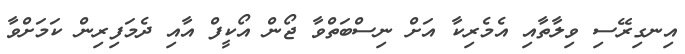
އިނގިރޭސި ވިލާތާއި އެމެރިކާ އަށް ނިސްބަތްވާ ޖޯން އޯކީފް އާއި ދެމަފިރިން ކަމަށްވާ